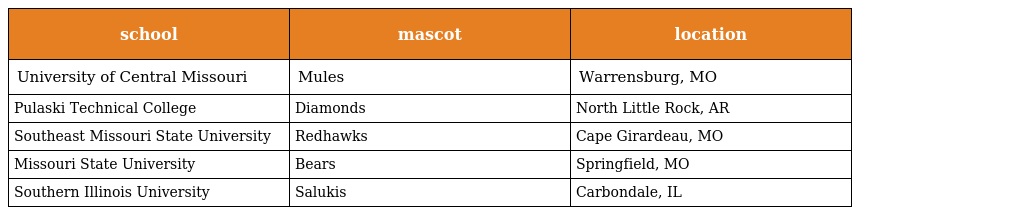
| school | mascot | location |
 | --- | --- | --- |
 | University of Central Missouri | Mules | Warrensburg, MO |
 | Pulaski Technical College | Diamonds | North Little Rock, AR |
 | Southeast Missouri State University | Redhawks | Cape Girardeau, MO |
 | Missouri State University | Bears | Springfield, MO |
 | Southern Illinois University | Salukis | Carbondale, IL |